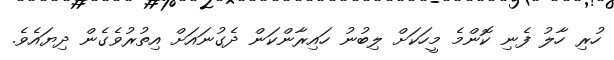
ހުރި ހާލު ފެނި ކޮންމެ މީހަކަށް ލިބުނު ހައިރާންކަން ދެގުނައަށް އިތުރުވެގެން ދިޔައެވެ.